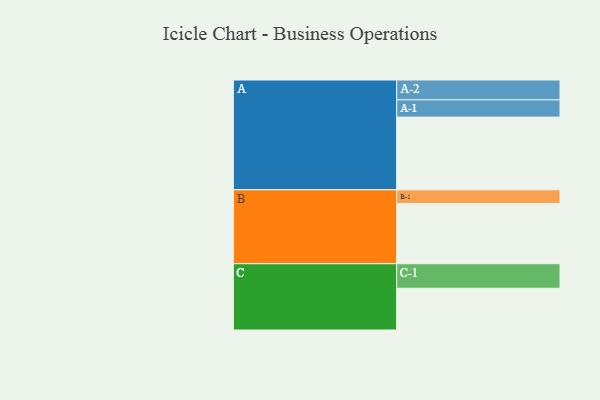
{"axis": {"x": "Segment", "y": "Value"}, "legend": ["", "A", "B", "C"], "data": [{"x": "A", "y": 578, "type": ""}, {"x": "B", "y": 479, "type": ""}, {"x": "C", "y": 332, "type": ""}, {"x": "A-1", "y": 137, "type": "A"}, {"x": "A-2", "y": 158, "type": "A"}, {"x": "B-1", "y": 109, "type": "B"}, {"x": "C-1", "y": 195, "type": "C"}]}